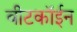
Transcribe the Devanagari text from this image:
बीटकॉईन